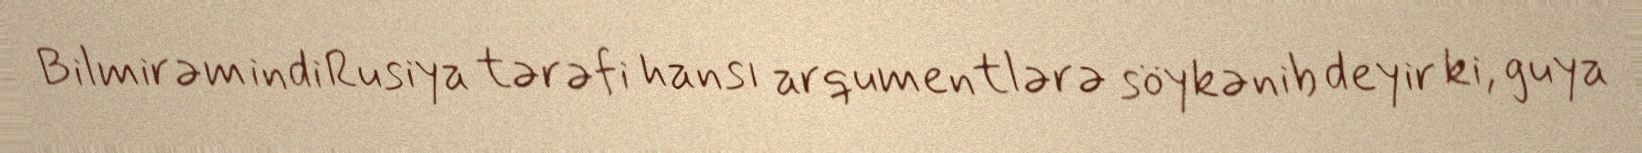
Bilmirəm indi Rusiya tərəfi hansı arqumentlərə söykənib deyir ki, guya